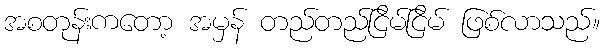
အစတုန်းကတော့ အမှန် တည်တည်ငြိမ်ငြိမ် ဖြစ်လာသည်။